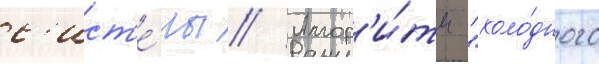
с'ист'е́мы // Алгор'и́тм "холо́дного